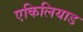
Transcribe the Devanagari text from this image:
एकिलियाड